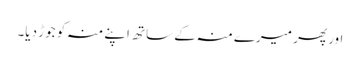
اور پھر میرے منہ کے ساتھ اپنے منہ کو جوڑ دیا۔